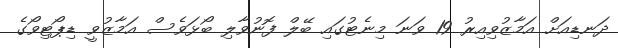
ދަނޑިއަށް އަމާޒުވިއިރު 19 ވަނަ މިނެޓުގައި ބޭލް ފޮނުވާލި ބޯޅަވެސް އަމާޒުވީ ޑިޕޯޓިވޯގެ